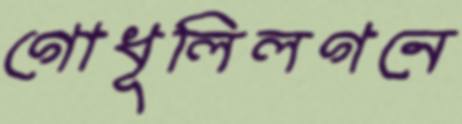
গোধূলিলগনে